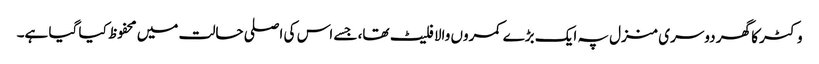
وکٹر کا گھر دوسری منزل پہ ایک بڑے کمروں والا فلیٹ تھا، جسے اس کی اصلی حالت میں محفوظ کیا گیا ہے۔